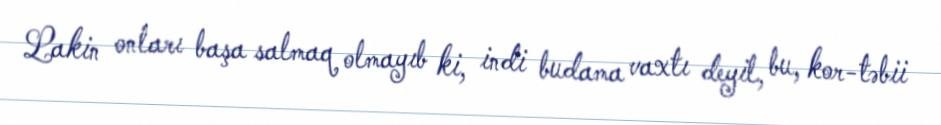
Lakin onları başa salmaq olmayıb ki, indi budama vaxtı deyil, bu, kor-təbii